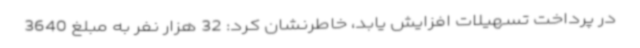
در پرداخت تسهیلات افزایش یابد، خاطرنشان کرد: 32 هزار نفر به مبلغ 3640